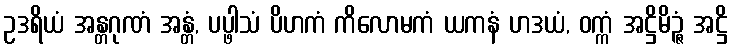
ဥဒရိယံ အန္တဂုဏံ အန္တံ, ပပ္ဖါသံ ပိဟကံ ကိလောမကံ ယကနံ ဟဒယံ, ဝက္ကံ အဋ္ဌိမိဉ္ဇံ အဋ္ဌိ